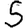
Digit: 5